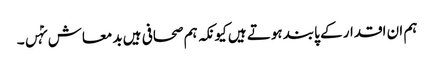
ہم ان اقدار کے پابند ہوتے ہیں کیونکہ ہم صحافی ہیں بدمعاش نہٰں۔